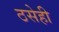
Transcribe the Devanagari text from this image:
ठसेही